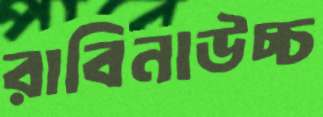
রাবিনাউচ্চ